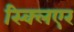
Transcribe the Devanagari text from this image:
स्क्लिएर